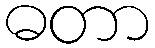
ဓတာ